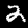
Label: 2